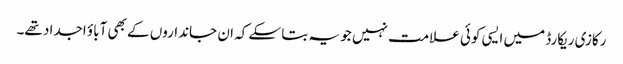
رکازی ریکارڈ میں ایسی کوئی علامت نہیں جو یہ بتا سکے کہ ان جانداروں کے بھی آباؤ اجداد تھے۔